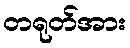
တရုတ်အား